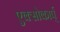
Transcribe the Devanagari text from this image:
एक्सोकार्प्